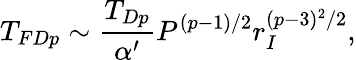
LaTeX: T_{FDp}\sim\frac{T_{Dp}}{\alpha^{\prime}}P^{(p-1)/2}r_{I}^{(p-3)^{2}/2},